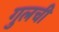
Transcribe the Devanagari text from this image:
गुलची